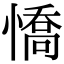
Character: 憍